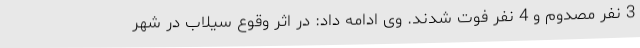
3 نفر مصدوم و 4 نفر فوت شدند. وی ادامه داد: در اثر وقوع سیلاب در شهر